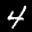
Label: 4